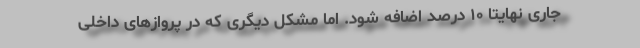
جاری نهایتا ۱۰ درصد اضافه شود. اما مشکل دیگری که در پروازهای داخلی